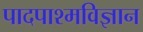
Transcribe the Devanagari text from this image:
पादपाश्मविज्ञान